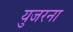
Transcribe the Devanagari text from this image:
युजरना